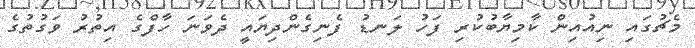
މެޗުގައި ނިއުއިން ކާމިޔާބުކުރި ފަހު ލަނޑު ފެނިގެންދިޔައީ ދެވަނަ ހާފްގެ އިތުރު ވަގުތުގެ